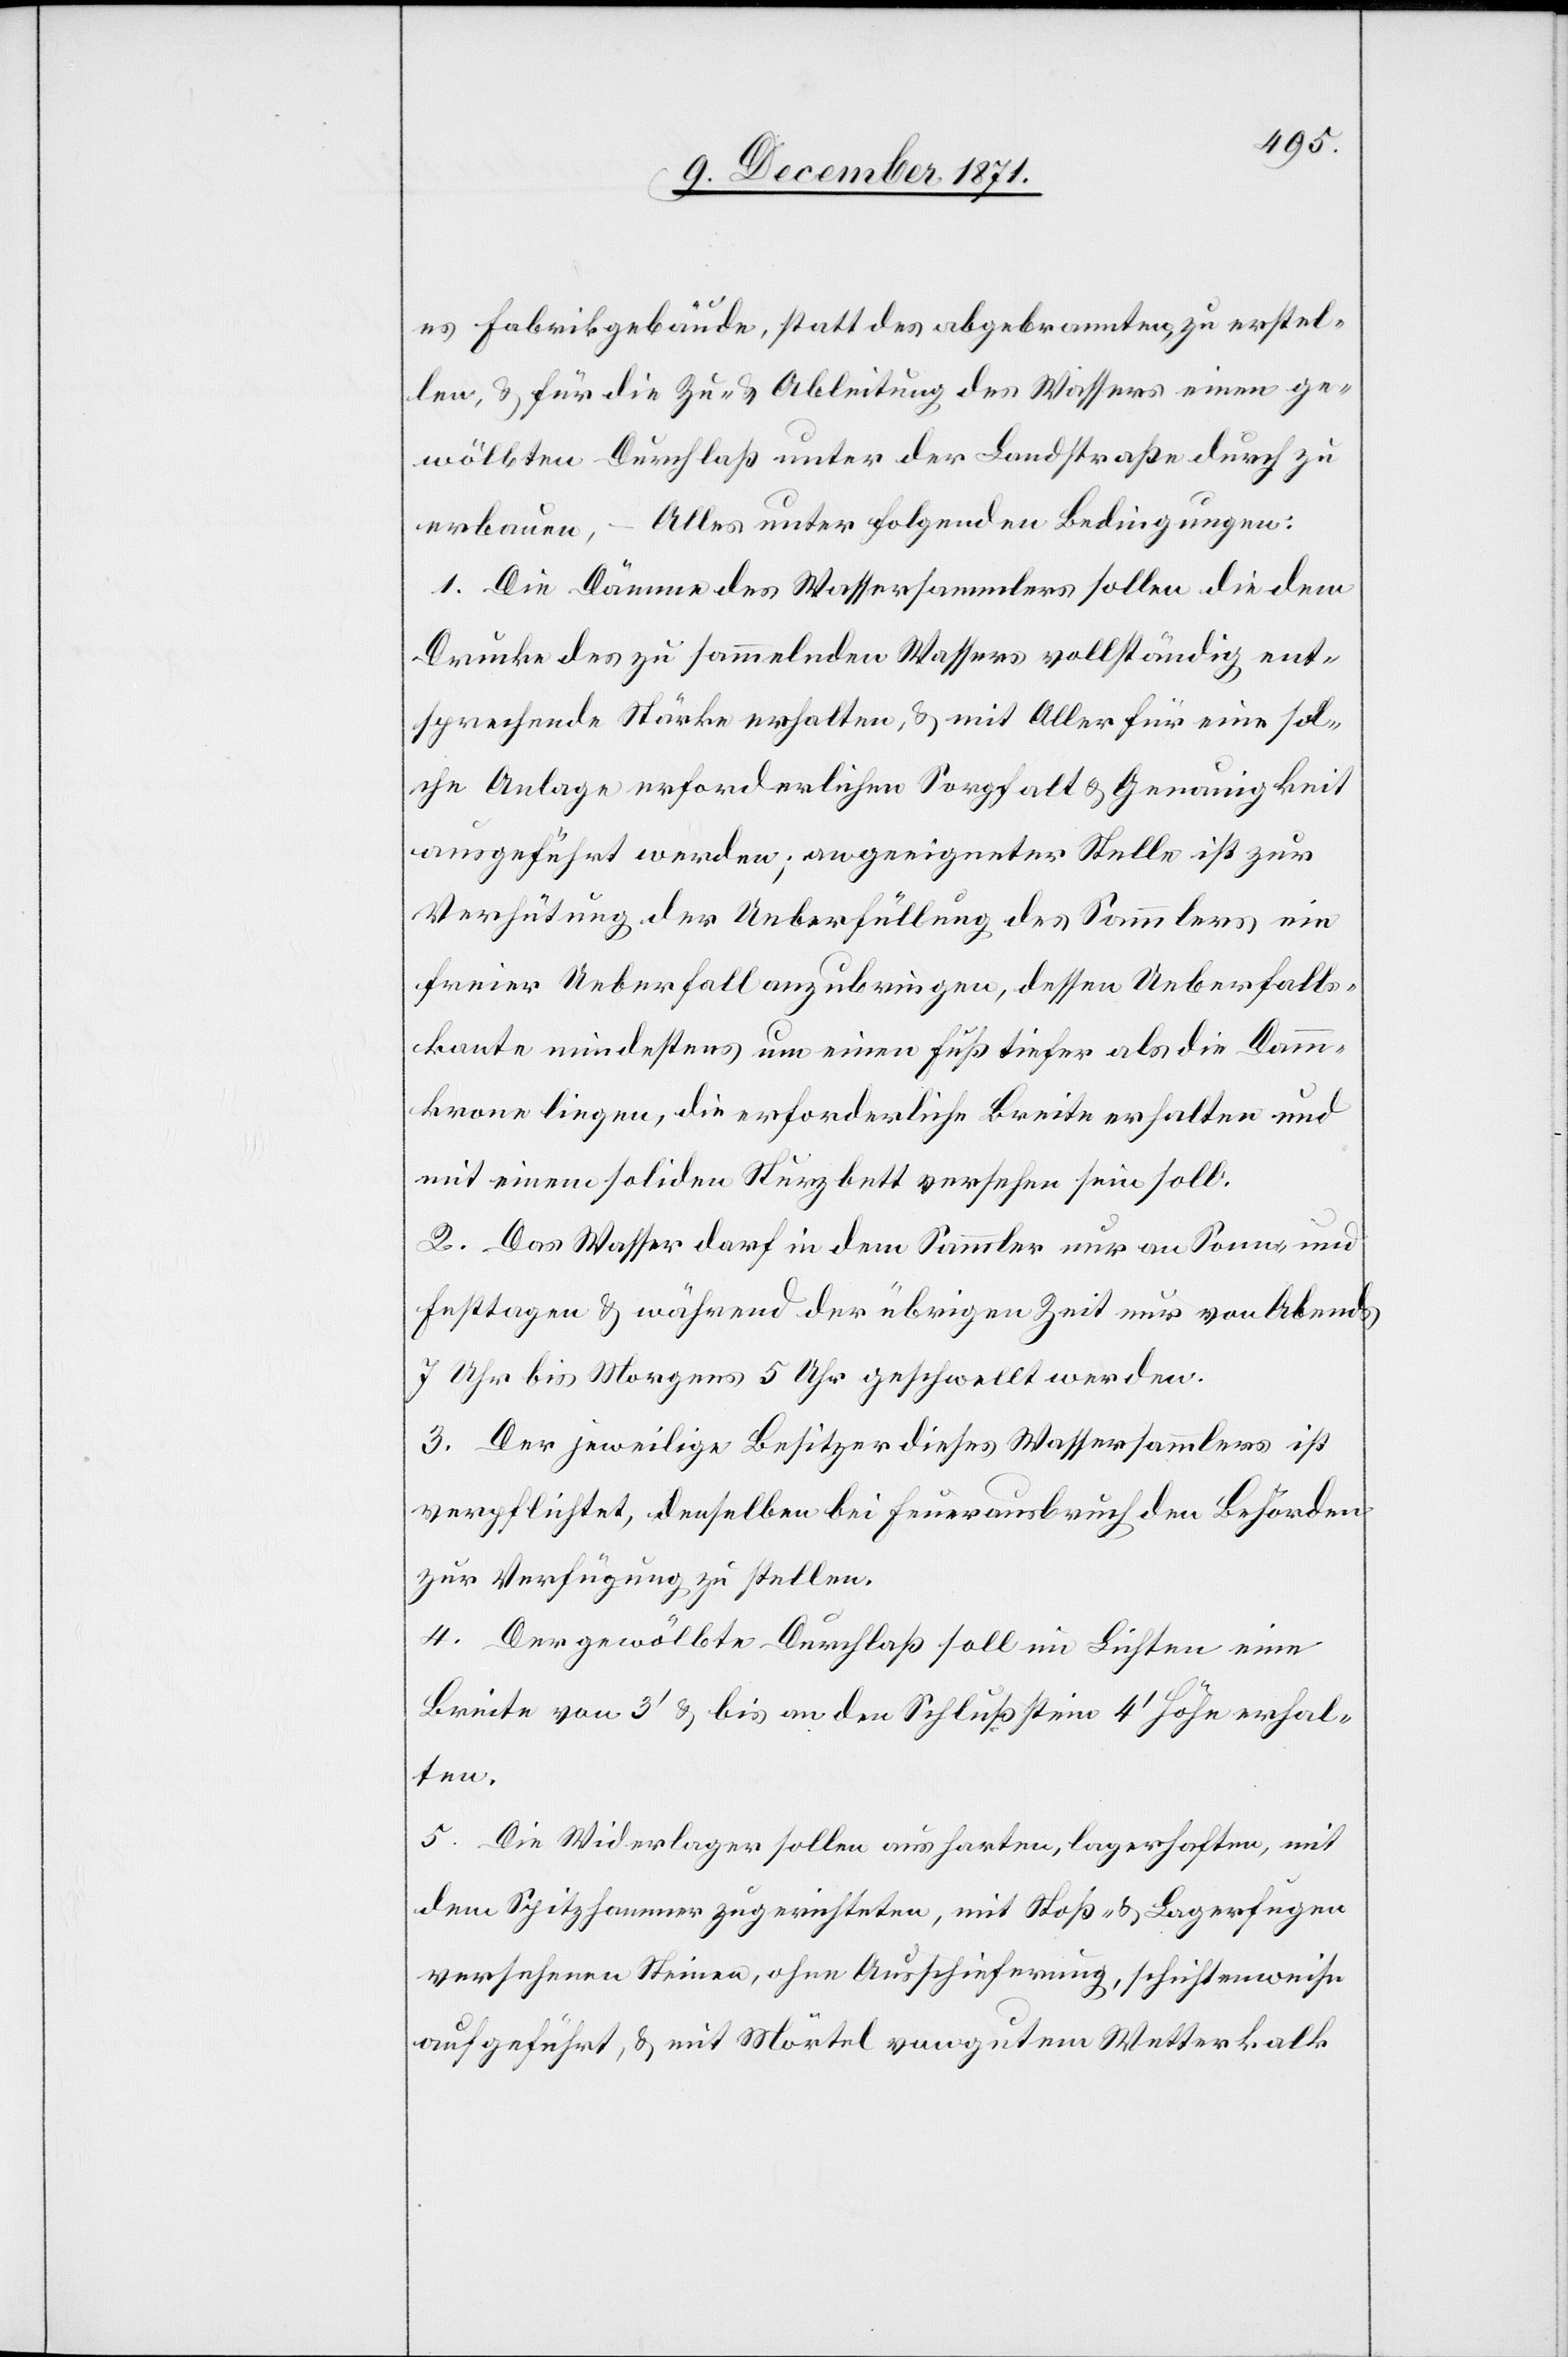
es Fabrikgebäude, statt des abgebrannten zu erstel¬
len, & für die Zu- & Ableitung des Wassers einen ge¬
wölbten Durchlaß unter der Landstraße durch zu
erbauen, – Alles unter folgenden Bedingungen:
1. Die Dämme des Wassersammlers sollen die dem
Drucke des zu sammelnden Wassers vollständig ent¬
sprechende Stärke erhalten, & mit Aller für eine sol¬
che Anlage erforderlichen Sorgfalt & Genauigkeit
ausgeführt werden, an geeigneter Stelle ist zur
Verhütung der Ueberfüllung des Sammlers ein
freier Ueberfall anzubringen, dessen Ueberfalls¬
kante mindestens um einen Fuß tiefer als die Damm¬
krone liegen, die erforderliche Breite erhalten und
mit einem soliden Sturzbett versehen sein soll.
2. Das Wasser darf in dem Sammler nur an Sonn- und
Festtagen & während der übrigen Zeit nur von Abends
7 Uhr bis Morgens 5 Uhr geschwellt werden.
3. Der jeweilige Besitzer dieses Wassersammlers ist
verpflichtet, denselben bei Feuerausbruch den Behörden
zur Verfügung zu stellen.
4. Der gewölbte Durchlaß soll im Lichten eine
Breite von 3’ & bis an den Schlussstein 4’ Höhe erhal¬
ten.
5. Die Widerlager sollen aus harten, lagerhaften, mit
dem Spitzhammer zugerichteten, mit Stoß- & Lagerfugen
versehenen Steinen, ohne Ausschieferung, schichtenweise
aufgeführt, & mit Mörtel von gutem Wetterkalk